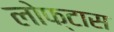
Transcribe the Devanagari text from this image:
लोफ्टास